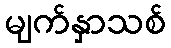
မျက်နှာသစ်